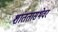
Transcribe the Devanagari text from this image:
शांततासभेवर